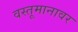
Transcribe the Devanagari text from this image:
वस्तूमानावर